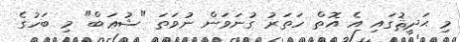
މި ޙަދީޘުގައި އެ އޮތް ހަތަރު ގުނަވަން ނުވަތަ "ޝުޢަބް" މި ބަހުގެ